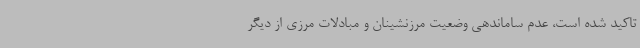
تاکید شده است، عدم ساماندهی وضعیت مرزنشینان و مبادلات مرزی از دیگر